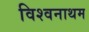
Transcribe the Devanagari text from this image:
विश्वनाथम